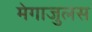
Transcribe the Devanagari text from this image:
मेगाजुलस